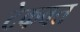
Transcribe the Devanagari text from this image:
टेकवत